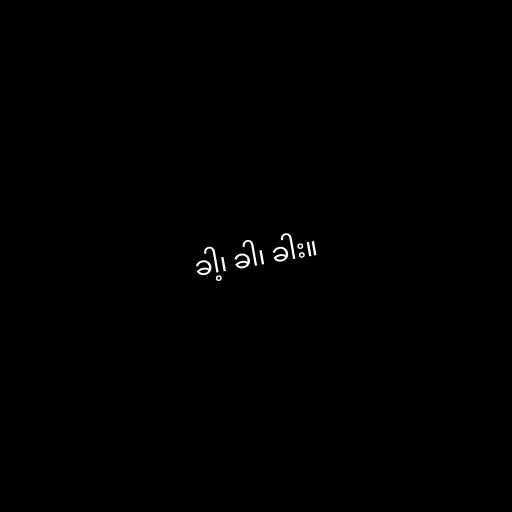
ခါ့၊ ခါ၊ ခါး။